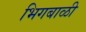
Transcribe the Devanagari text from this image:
भिगबाळी